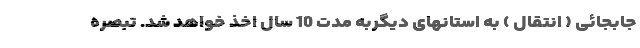
جابجائی ( انتقال ) به استانهای دیگربه مدت 10 سال اخذ خواهد شد. تبصره